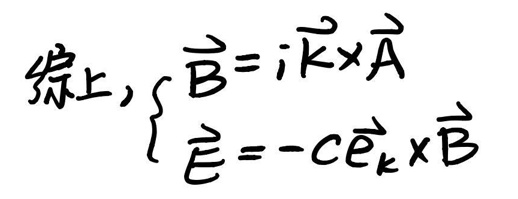
综上，\(\vec{B}=\hat{i}\vec{k}\times\vec{A}\)\\
\(\vec{E}=-c\hat{e}_k\times\vec{B}\)